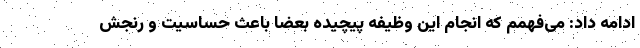
ادامه داد: می‌فهمم که انجام این وظیفه پیچیده بعضاً باعث حساسیت و رنجش